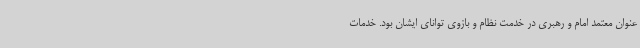
عنوان معتمد امام و رهبری در خدمت نظام و بازوی توانای ایشان بود. خدمات